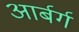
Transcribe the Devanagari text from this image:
आर्बर्ग